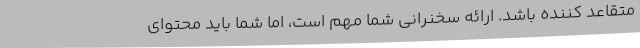
متقاعد کننده باشد. ارائه سخنرانی شما مهم است، اما شما باید محتوای